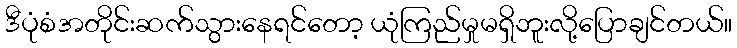
ဒီပုံစံအတိုင်းဆက်သွားနေရင်တော့ ယုံကြည်မှုမရှိဘူးလို့ပြောချင်တယ်။